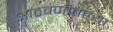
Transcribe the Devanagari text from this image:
आठवणीतल्या